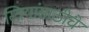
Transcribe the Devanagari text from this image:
स्त्रियांसाठीचे